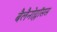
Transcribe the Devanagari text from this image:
बैलैनोग्लॉसस